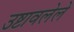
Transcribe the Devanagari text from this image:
उष्टावलेले